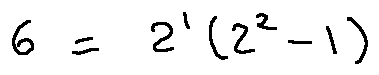
6 = 2 ^ { 1 } ( 2 ^ { 2 } - 1 )